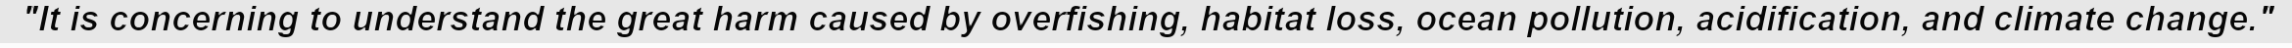
"It is concerning to understand the great harm caused by overfishing, habitat loss, ocean pollution, acidification, and climate change."